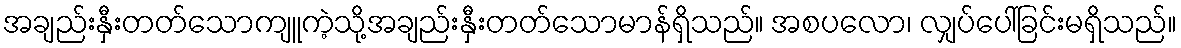
အချည်းနှီးတတ်သောကျူကဲ့သို့အချည်းနှီးတတ်သောမာန်ရှိသည်။ အစပလော၊ လျှပ်ပေါ်ခြင်းမရှိသည်။